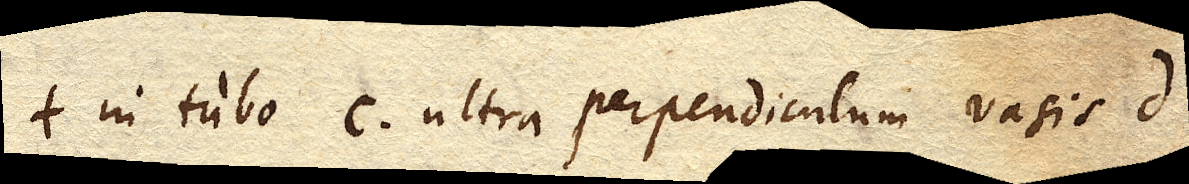
in Tubo C. ultra perpendiculum vasis D.